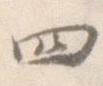
四